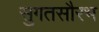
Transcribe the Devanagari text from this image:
सुगतसौरभ